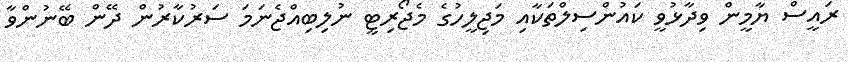
ރައީސް ޔާމީން ވިދާޅުވީ ކައުންސިލްތަކާއި މަޖިލީހުގެ މެޖޯރިޓީ ނުލިބިއްޖެނަމަ ސަރުކާރުން ދޭން ބޭނުންވާ